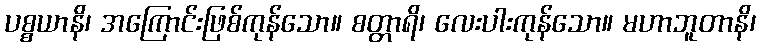
ပစ္စယာနိ၊ အကြောင်းဖြစ်ကုန်သော။ စတ္တာရိ၊ လေးပါးကုန်သော။ မဟာဘူတာနိ၊